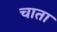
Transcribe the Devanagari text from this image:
चाता